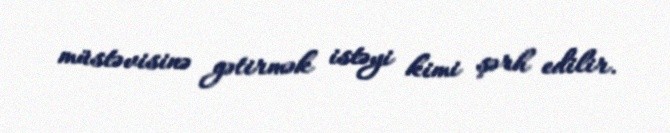
müstəvisinə gətirmək istəyi kimi şərh edilir.